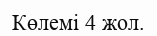
Көлемі 4 жол.